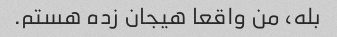
بله، من واقعا هیجان زده هستم.